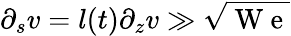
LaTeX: \partial_{s}v=l(t)\partial_{z}v\gg\sqrt{\mathrm{~W~e~}}